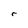
Character: r